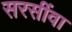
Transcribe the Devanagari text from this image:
सरसींवा